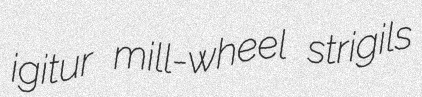
igitur mill-wheel strigils